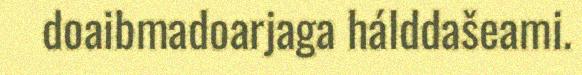
doaibmadoarjaga hálddašeami.